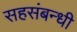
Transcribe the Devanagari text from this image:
सहसंबन्धी